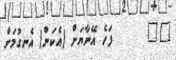
٣٥      ފަހެ އޭނާޔަށް (އެކަން) އެނގުމަށް